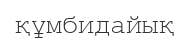
құмбидайық